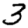
Digit: 3